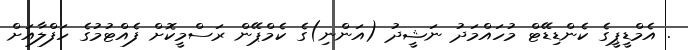
. އެމްޑީޕީގެ ކެންޑިޑޭޓް މުހައްމަދު ނަޝީދު (އަންނި)ގެ ކެމްޕޭން ރަސްމީކޮށް ފެއްޓުމުގެ ހަފްލާއަށް